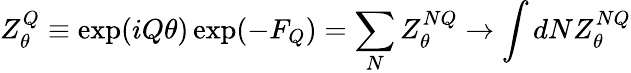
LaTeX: Z_{\theta}^{Q}\equiv\exp(iQ\theta)\exp(-F_{Q})=\sum_{N}Z_{\theta}^{NQ}\rightarrow\int dNZ_{\theta}^{NQ}